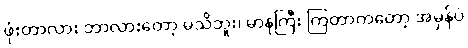
ဖုံးတာလား ဘာလားတော့ မသိဘူး၊ မာနကြီး ကြတာကတော့ အမှန်ပဲ